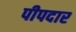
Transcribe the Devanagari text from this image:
पीपदार